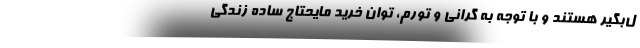
ل‌بگیر هستند و با توجه به گرانی و تورم، توان خرید مایحتاج ساده زندگی